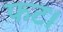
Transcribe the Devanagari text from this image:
फट।